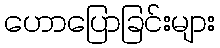
ဟောပြောခြင်းများ